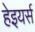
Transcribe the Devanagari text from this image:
हेइयर्स